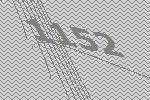
1152